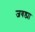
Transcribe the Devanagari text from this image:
जबड्या